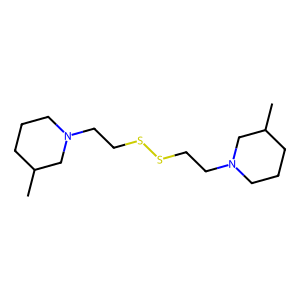
SMILES: CC1CCCN(CCSSCCN2CCCC(C)C2)C1
Inhibits HIV replication: No